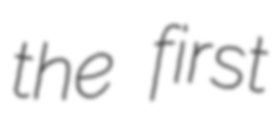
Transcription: the first